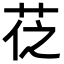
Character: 𦮩